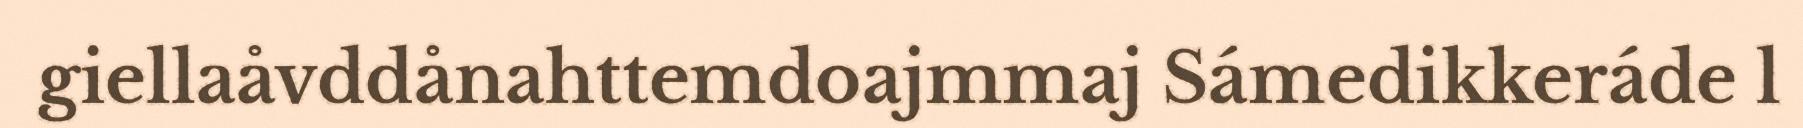
giellaåvddånahttemdoajmmaj Sámedikkeráde l